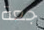
جعة